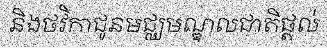
និងថវិកាជូនមជ្ឈមណ្ឌលជាតិផ្តល់